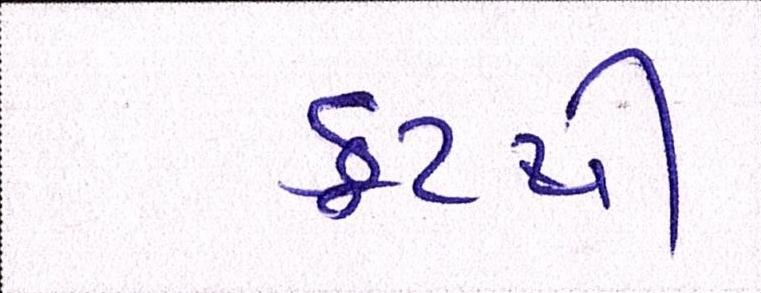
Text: ફૂટથી